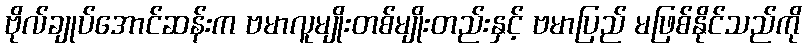
ဗိုလ်ချုပ်အောင်ဆန်းက ဗမာလူမျိုးတစ်မျိုးတည်းနှင့် ဗမာပြည် မဖြစ်နိုင်သည်ကို